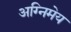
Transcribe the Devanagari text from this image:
अग्‍निमेय